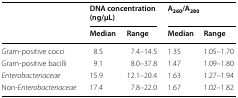
| <ROWSPAN=2>  | <COLSPAN=2> DNA concentration (ng/μL) | <COLSPAN=2> A260/A280 |
 | Median | Range | Median | Range |
 | --- | --- | --- | --- | --- |
 | Gram-positive cocci | 8.5 | 7.4–14.5 | 1.35 | 1.05–1.70 |
 | Gram-positive bacilli | 9.1 | 8.0–37.8 | 1.47 | 1.09–1.80 |
 | Enterobacteriaceae | 15.9 | 12.1–20.4 | 1.63 | 1.27–1.94 |
 | Non-Enterobacteriaceae | 17.4 | 7.8–22.0 | 1.67 | 1.02–1.82 |